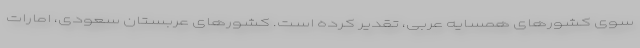
سوی کشورهای همسایه عربی، تقدیر کرده است. کشورهای عربستان سعودی، امارات